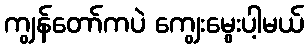
ကျွန်တော်ကပဲ ကျွေးမွေးပါ့မယ်